Lunatic asylums Central Provinces reports 1910-1926 - 1910-1926
Year: 1910
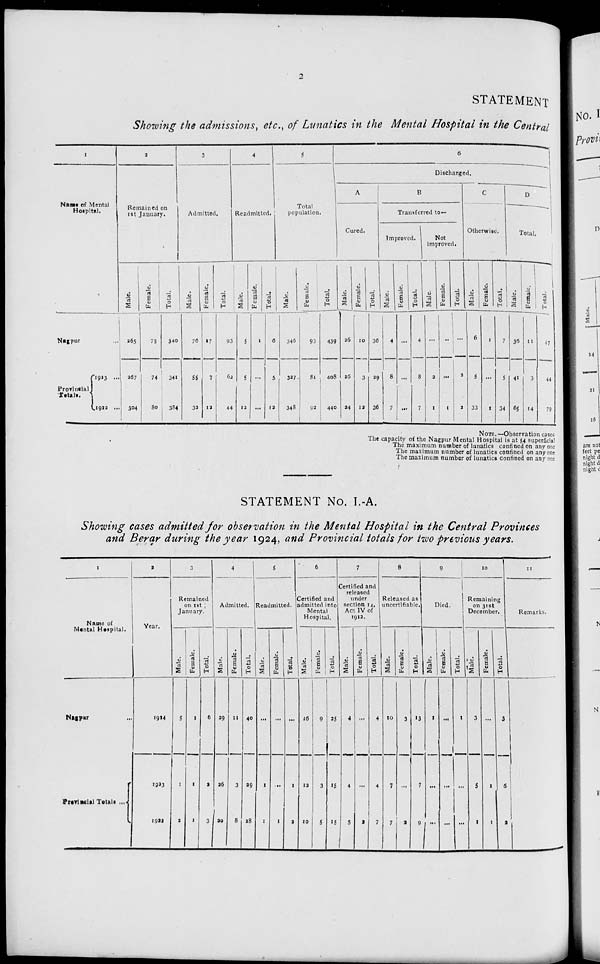
2
STATEMENT
Showing the admissions, etc., of Lunatics in the Mental Hospital in the Central
1
Name of Mental
Hospital.
Nagpur
...
Provincial
Totals.
1923
...
1922 ...
2
Remained on
1st January.
Male.
265
267
304
Female.
75
74
80
Total.
340
341
384
3
Admitted.
Male.
76
55
32
Female.
17
7
12
Total.
93
62
44
4
Readmitted.
Male.
5
5
12
Female.
1
...
...
Total.
6
5
12
5
Total
population.
Male.
346
327
348
Female.
93
81
92
Total.
439
408
440
6
Discharged.
A
Cured.
Male.
26
26
24
Female.
10
3
12
Total.
36
29
36
B
Transferred to—
Improved.
Male.
4
8
7
Female.
...
...
...
Total.
4
8
7
Not
Improved.
Male.
...
2
1
Female.
...
...
1
Total.
...
2
2
C
Otherwise.
Male.
6
5
33
Female.
1
...
1
Total.
7
5
34
D
Total.
Male.
36
41
65
Female.
11
3
14
Total.
47
44
79
NOTE.—Observation cases
The capacity of the Nagpur Mental Hospital is at 54 superficial
The maximum number of lunatics confined on any one
The maximum number of lunatics confined on anyone
The maximum number of lunatics confined on any one
STATEMENT No. I.-A.
Showing cases admitted for observation in the Mental Hospital in the Central Provinces
and Berar during the year 1924, and Provincial totals for two previous years.
1
Name of
Mental Hospital.
Nagpur ...
Provincial Totals ...
2
Year.
1924
1923
1922
3
Remained
on 1st
January.
Male.
5
1
2
Female.
1
1
1
Total.
6
2
3
4
Admitted.
Male.
29
26
20
Female.
11
3
8
Total.
40
29
28
5
Readmitted.
Male.
...
1
1
Femal e.
...
...
1
Total.
...
1
2
6
Certified and
admitted into
Mental
Hospital.
Mal e.
16
12
10
Female.
9
3
5
Total.
25
15
15
7
Certified and
released
under
section 14,
Act IV of
1912.
Male.
4
4
5
Female.
...
...
2
Total.
4
4
7
8
Released as
uncertifiable.
Male.
10
7
7
Female.
3
...
2
Tot al .
13
7
9
9
Died.
Male.
1
...
...
Female.
...
...
...
Total.
1
...
...
10
Remaining
on 31st
December.
Male.
3
5
1
Female.
...
1
1
Total.
3
6
2
11
Remarks.